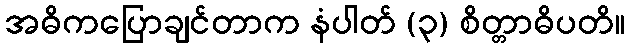
အဓိကပြောချင်တာက နံပါတ် (၃) စိတ္တာဓိပတိ။